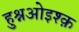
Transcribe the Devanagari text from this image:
हुश्नओइश्क़